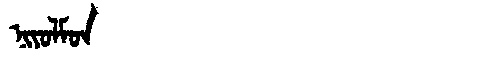
Manchu: ᠨᡳᠶᠣᠯᠮᠣᠨ
Romanization: NIYOLMON